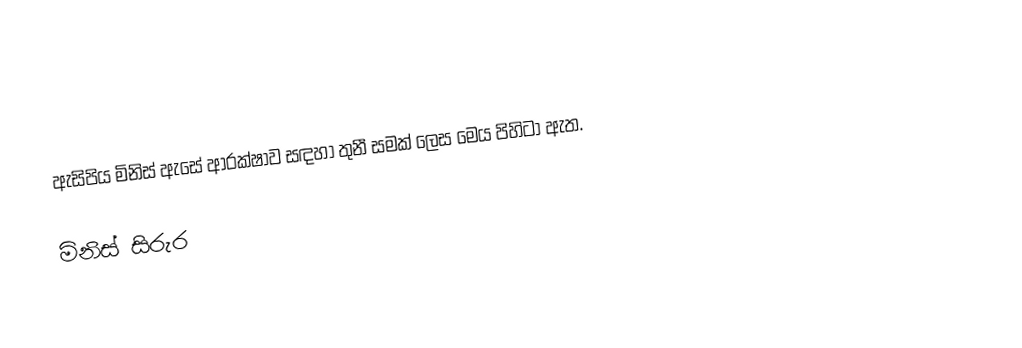
ඇසිපිය මිනිස් ඇසේ ආරක්ෂාව සඳහා තුනී සමක් ලෙස මෙය පිහිටා ඇත.

මිනිස් සිරුර